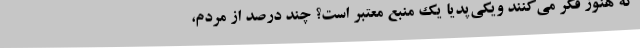
که هنوز فکر می‌کنند ویکی‌پدیا یک منبع معتبر است؟ چند درصد از مردم،